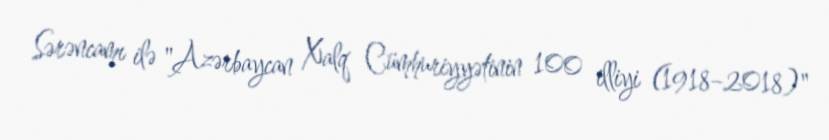
Sərəncamı ilə "Azərbaycan Xalq Cümhuriyyətinin 100 illiyi (1918–2018)"